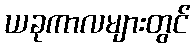
ယခုကာလများတွင်